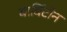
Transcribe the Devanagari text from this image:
बार्बिटोन